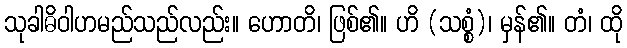
သုခါဓိဝါဟမည်သည်လည်း။ ဟောတိ၊ ဖြစ်၏။ ဟိ (သစ္စံ)၊ မှန်၏။ တံ၊ ထို